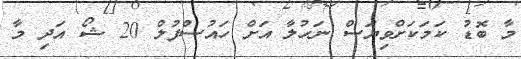
މާ ބޮޑު ކަމަކަށްވިޔަސް ނަހުލާ އަށް ހައުސްފުލް 20 ޝޯ އަދި މާ